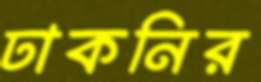
ঢাকনির